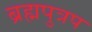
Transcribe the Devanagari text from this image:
ब्रह्मपुत्रप